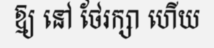
ឱ្យ នៅ ថែរក្សា ហើយ